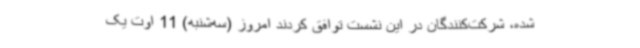
شده، شرکت‌کنندگان در این نشست توافق کردند امروز (سه‌شنبه) 11 اوت یک